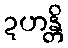
ဍဟန္တိ